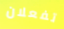
تفعلان